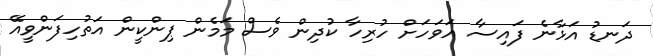
ދަނޑު އަޅާނެ ފައިސާ އަވަހަށް ހުރިހާ ކުދިން ވެސް މަމެން ޕިންކީން އަތުހިފަންވީއޭ